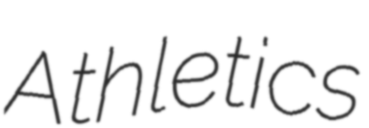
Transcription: Athletics